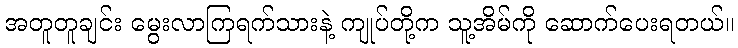
အတူတူချင်း မွေးလာကြရက်သားနဲ့ ကျုပ်တို့က သူ့အိမ်ကို ဆောက်ပေးရတယ်။